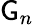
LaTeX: {\sf G}_{n}